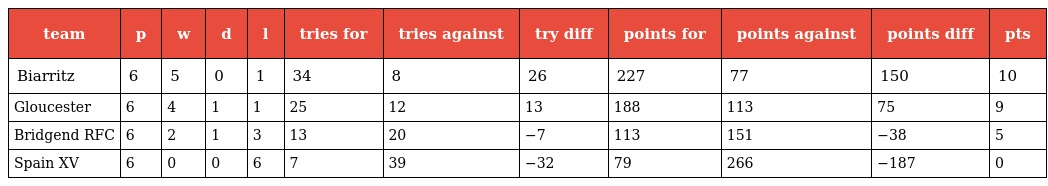
| team | p | w | d | l | tries for | tries against | try diff | points for | points against | points diff | pts |
 | --- | --- | --- | --- | --- | --- | --- | --- | --- | --- | --- | --- |
 | Biarritz | 6 | 5 | 0 | 1 | 34 | 8 | 26 | 227 | 77 | 150 | 10 |
 | Gloucester | 6 | 4 | 1 | 1 | 25 | 12 | 13 | 188 | 113 | 75 | 9 |
 | Bridgend RFC | 6 | 2 | 1 | 3 | 13 | 20 | −7 | 113 | 151 | −38 | 5 |
 | Spain XV | 6 | 0 | 0 | 6 | 7 | 39 | −32 | 79 | 266 | −187 | 0 |